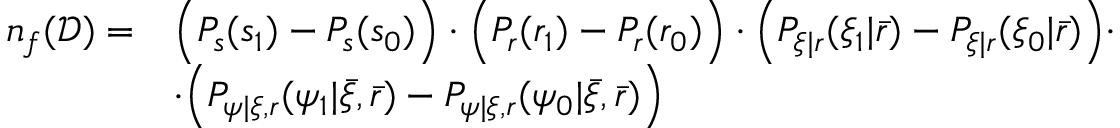
\begin{array} { r l } { n _ { f } ( \mathcal { D } ) = } & { \Big ( P _ { s } ( s _ { 1 } ) - P _ { s } ( s _ { 0 } ) \Big ) \cdot \Big ( P _ { r } ( r _ { 1 } ) - P _ { r } ( r _ { 0 } ) \Big ) \cdot \Big ( P _ { \xi | r } ( \xi _ { 1 } | \bar { r } ) - P _ { \xi | r } ( \xi _ { 0 } | \bar { r } ) \Big ) \cdot } \\ & { \cdot \Big ( P _ { \psi | \xi , r } ( \psi _ { 1 } | \bar { \xi } , \bar { r } ) - P _ { \psi | \xi , r } ( \psi _ { 0 } | \bar { \xi } , \bar { r } ) \Big ) } \end{array}